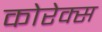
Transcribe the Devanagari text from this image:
कोरेक्स